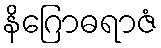
နိဂြောဓရာဇံ